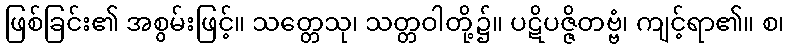
ဖြစ်ခြင်း၏ အစွမ်းဖြင့်။ သတ္တေသု၊ သတ္တဝါတို့၌။ ပဋိပဇ္ဇိတဗ္ဗံ၊ ကျင့်ရာ၏။ စ၊